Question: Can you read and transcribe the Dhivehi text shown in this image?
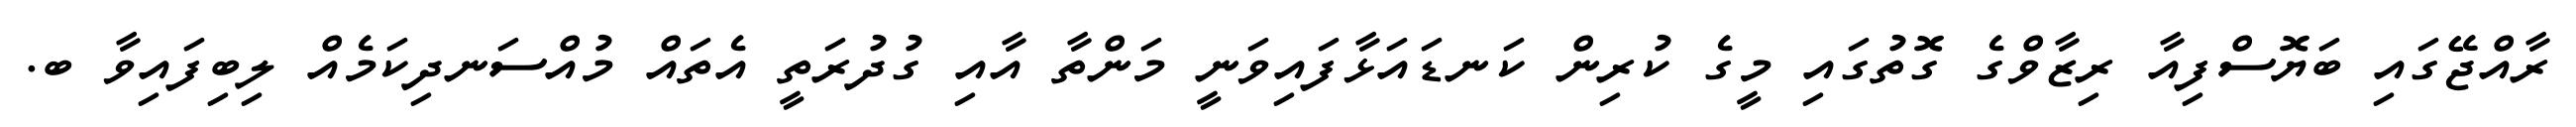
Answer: ރާއްޖޭގައި ބަޔޮސްފިއާ ރިޒާވްގެ ގޮތުގައި މީގެ ކުރިން ކަނޑައަޅާފައިވަނީ މަންތާ އާއި ގުދުރަތީ އެތައް މުއްސަނދިކަމެއް ލިބިފައިވާ ބ.